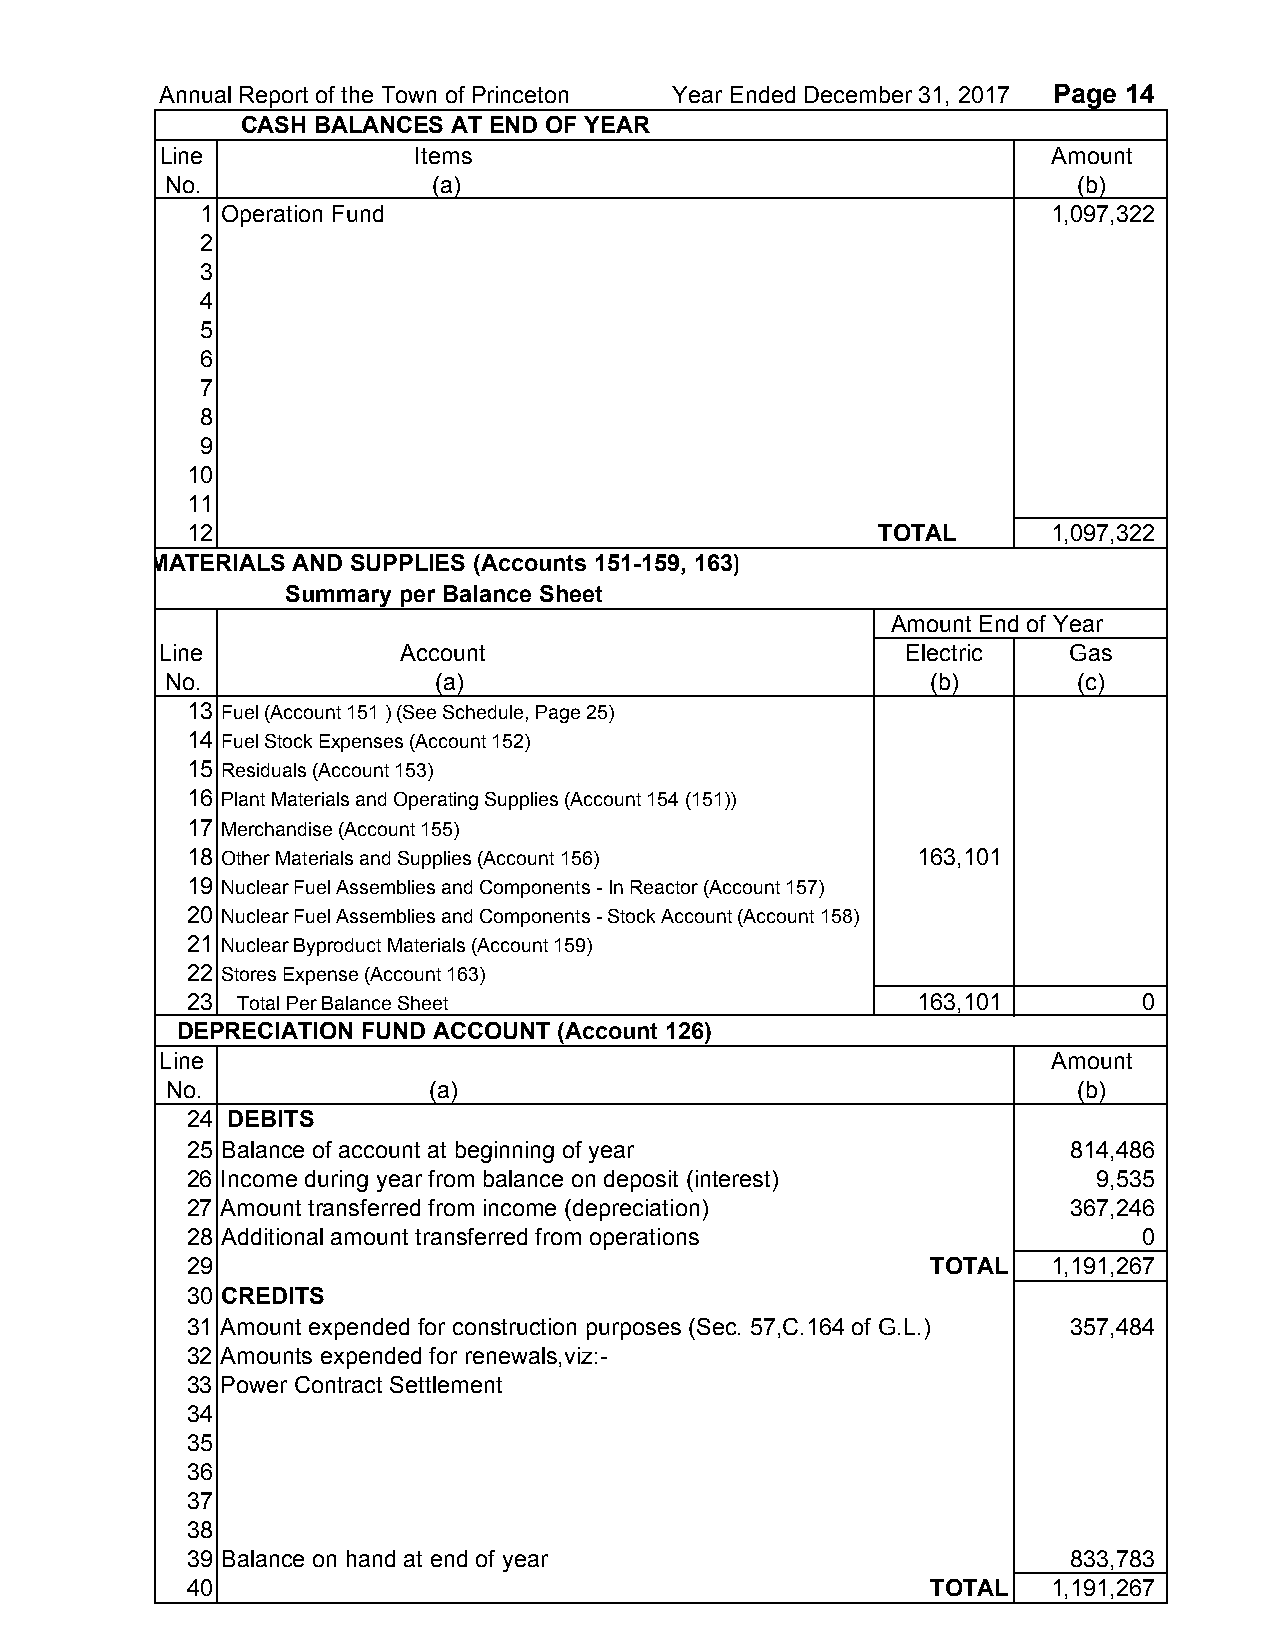
Annual Report of the Town of Princeton Year Ended December 31, 2017 Page 14
 CASH BALANCES AT END OF YEAR
 Line             Items                                     Amount
 No.               (a)                                       (b)
 1 Operation Fund                                         1,097,322
 2
 3
 4
 5
 6
 7
 8
 9
 10
 11
 12                                            TOTAL       1,097,322
 MATERIALS AND SUPPLIES (Accounts 151-159, 163)
 Summary per Balance Sheet
 Amount End of Year
 Line            Account                          Electric   Gas
 No.               (a)                              (b)      (c)
 13 Fuel (Account 151 ) (See Schedule, Page 25)
 14 Fuel Stock Expenses (Account 152)
 15 Residuals (Account 153)
 16 Plant Materials and Operating Supplies (Account 154 (151))
 17 Merchandise (Account 155)
 18 Other Materials and Supplies (Account 156)    163,101
 19 Nuclear Fuel Assemblies and Components - In Reactor (Account 157)
 20 Nuclear Fuel Assemblies and Components - Stock Account (Account 158)
 21 Nuclear Byproduct Materials (Account 159)
 22 Stores Expense (Account 163)
 23  Total Per Balance Sheet                      163,101        0
 DEPRECIATION FUND ACCOUNT (Account 126)
 Line                                                       Amount
 No.              (a)                                        (b)
 24 DEBITS
 25 Balance of account at beginning of year                 814,486
 26 Income during year from balance on deposit (interest)     9,535
 27 Amount transferred from income (depreciation)           367,246
 28 Additional amount transferred from operations                0
 29                                                TOTAL   1,191,267
 30 CREDITS
 31 Amount expended for construction purposes (Sec. 57,C.164 of G.L.) 357,484
 32 Amounts expended for renewals,viz:-
 33 Power Contract Settlement
 34
 35
 36
 37
 38
 39 Balance on hand at end of year                          833,783
 40                                                TOTAL   1,191,267